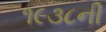
૧૯૩૮ની